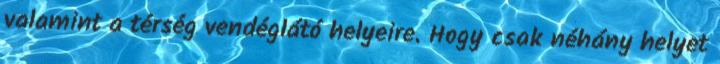
valamint a térség vendéglátó helyeire. Hogy csak néhány helyet